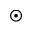
\odot